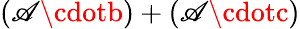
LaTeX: (\mathscr{A}\cdotb)+(\mathscr{A}\cdotc)